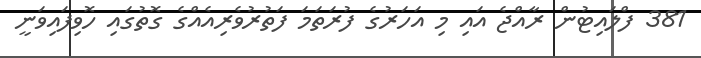
381 ފްލައިޓުން ރާއްޖެ އައި މި އަހަރުގެ ފުރަަތަމަ ފަތުރުވެރިއެއްގެ ގޮތުގައި ހޮވިފައިވަނީ